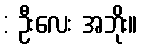
: ဦးလေး အဘိုး။